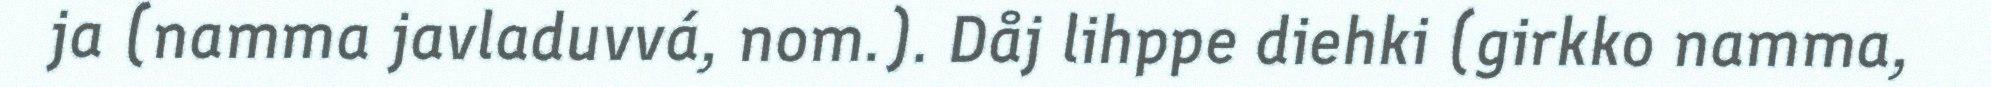
ja (namma javladuvvá, nom.). Dåj lihppe diehki (girkko namma,